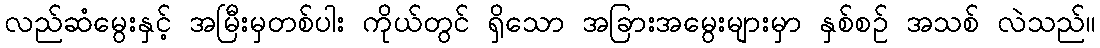
လည်ဆံမွေးနှင့် အမြီးမှတစ်ပါး ကိုယ်တွင် ရှိသော အခြားအမွေးများမှာ နှစ်စဉ် အသစ် လဲသည်။